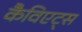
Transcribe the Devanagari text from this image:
कैविएट्स